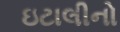
ઇટાલીનો